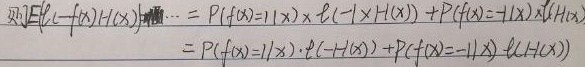
则
\[\begin{align}
\mathbb{E}[\ell(-f(\boldsymbol{x})H(\boldsymbol{x}))]&= P(f(\boldsymbol{x}) = 1|\boldsymbol{x})\times \ell(-1\times H(\boldsymbol{x})) + P(f(\boldsymbol{x}) = -1|\boldsymbol{x})\times\ell(1\times H(\boldsymbol{x}))\\
&=P(f(\boldsymbol{x}) = 1|\boldsymbol{x})\cdot\ell(-H(\boldsymbol{x}))+P(f(\boldsymbol{x}) = -1|\boldsymbol{x})\cdot\ell(H(\boldsymbol{x}))
\end{align}\]